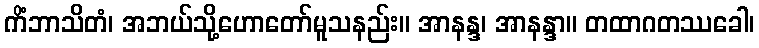
ကိံဘာသိတံ၊ အဘယ်သို့ဟောတော်မူသနည်း။ အာနန္ဒ၊ အာနန္ဒာ။ တထာဂတဿခေါ၊